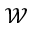
\mathcal W